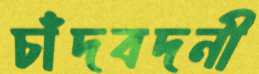
চাঁদবদনী